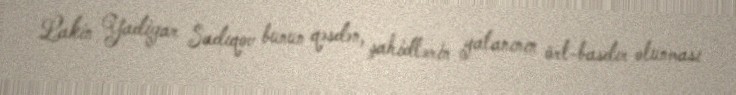
Lakin Yadigar Sadıqov bunun qəsdən, şahidlərin yalanının ört-basdır olunması